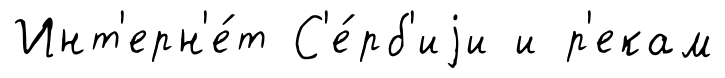
Инт'ерн'е́т С'е́рб'иjи и р'екам